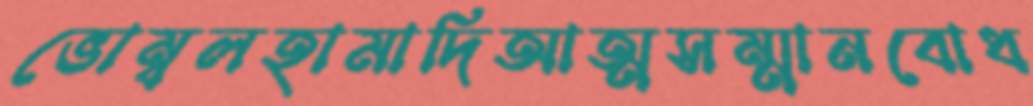
ভোম্বলহামাদিআত্মসম্মানবোধ